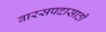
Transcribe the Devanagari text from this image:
वारसपदासाठी